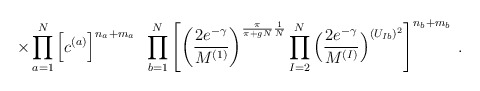
\begin{align*}\times \prod_{a=1}^N \Big[ c^{(a)} \Big]^{n_a + m_a}\; \;\prod_{b=1}^N \left[\left( \frac{2e^{-\gamma}}{M^{(1)}}\right)^{\frac{\pi}{\pi+gN} \frac{1}{N}}\prod_{I=2}^N\Big( \frac{2e^{-\gamma}}{M^{(I)}}\Big)^{(U_{Ib})^2}\right]^{n_b + m_b} \; .\end{align*}